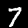
Digit: 7